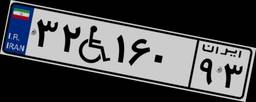
۱۲W۴۴۱۰۸